Madras plague regulations in force outside the Presidency town - Volume 3
Disease focus: Plague
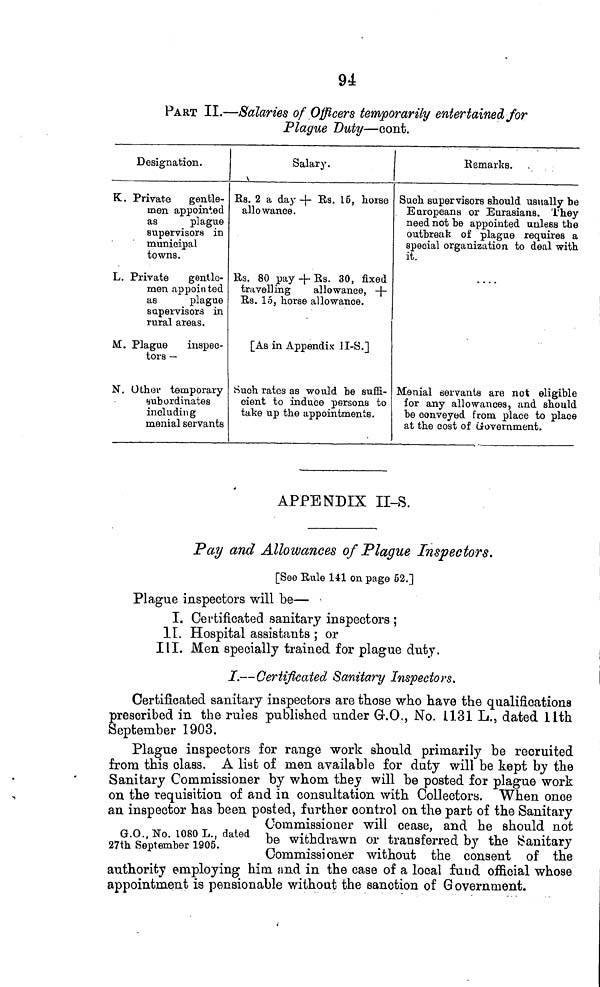
94
PART II.—Salaries of Officers temporarily entertained for
Plague Duty—oont.
Designation.
K. Private gentle-
men appointed
as
plague
supervisors in
municipal
towns.
L. Private
gentle-
men appointed
as
plague
supervisors in
rural areas.
M. Plague
inspec-
tors —
N. Oth (3 1 1 temporary
subordinates
including
menial servants
Salary.
\
Rs. 2 a day -\- Rs. 15, horse
allowance.
Rs. 80 pay -j- Rs. 30, fixed
travelling
allowance, -j-
Rs. 15, horse allowance.
[As in Appendix II-S.]
riuoh rates as would be suffi-
cient to induce persons to
take up the appointments.
Remarks.
Such supervisors should usually be
Europeans or Eurasians. They
need not be appointed unless the
outbraak of plague requires a
special organization to deal with
it.
Menial eervants are not eligible
for any allowances, and should
be conveyed from place to place
at the cost of ííovernment.
APPENDIX II-S.
Pay and Allowances of Plague Inspectors.
[See Rule 141 on page 52.]
Plague inspectors will be—
I. Certificated sanitary inspectors ;
II. Hospital assistants ; or
III. Men specially trained for plague duty.
I.—Certificated Sanitary Inspectors.
Certificated sanitary inspectors are those who have the qualifications
prescribed in the rules published under Gr.O., JSTo. 1131 L., dated lith
September 1903.
Plague inspectors for range work should primarily be recruited
from this class. A list of men available for duty will be kept by the
Sanitary Commissioner by whom they will be posted for plague work
on the requisition of and in consultation with Collectors. When once
an inspector has been posted, further control on the part of the Sanitary
Commissioner will cease, and he should not
0,8; c" ?°\ l°8 ?cfe daled be withdrawn or transferred by the Sanitary
27th September 1905.
. .
. ,
J
J
Commissioner without the consent of the
authority employing him and in the case of a local fund official whose
appointment is pensionable without the sanction of G overnment.